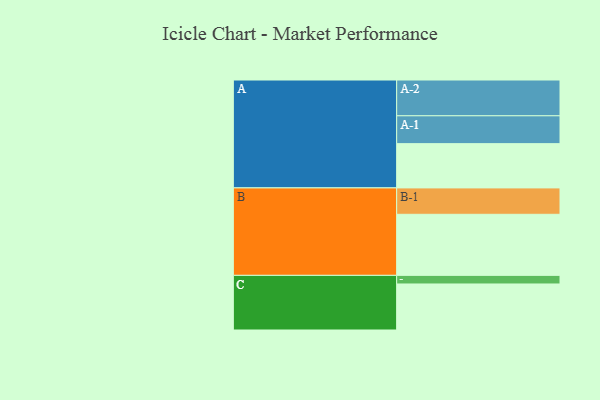
{"axis": {"x": "Segment", "y": "Value"}, "legend": ["", "A", "B", "C"], "data": [{"x": "A", "y": 329, "type": ""}, {"x": "B", "y": 454, "type": ""}, {"x": "C", "y": 342, "type": ""}, {"x": "A-1", "y": 207, "type": "A"}, {"x": "A-2", "y": 266, "type": "A"}, {"x": "B-1", "y": 196, "type": "B"}, {"x": "C-1", "y": 64, "type": "C"}]}